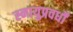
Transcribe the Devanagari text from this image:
स्नायुप्रवर्धों